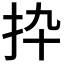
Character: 𢪄